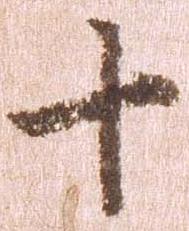
十